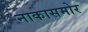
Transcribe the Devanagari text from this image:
नाकासमोर